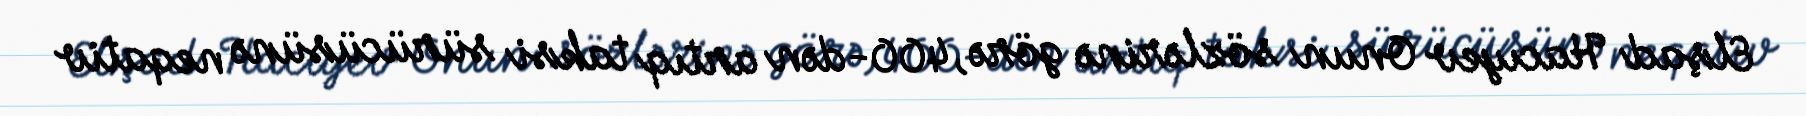
Elşad Hacıyev Onun sözlərinə görə, 400-dən artıq taksi sürücüsünə neqativ